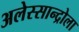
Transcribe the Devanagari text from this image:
अलेस्सान्द्रोला